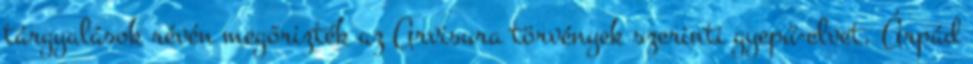
tárgyalások révén megőrizték az Arvisura törvények szerinti gyepű-elvet. Árpád